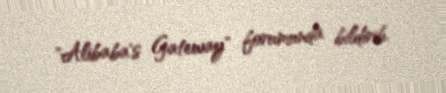
"Alibaba's Gateway" forumunda bildirib.